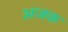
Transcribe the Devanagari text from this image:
अजक